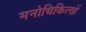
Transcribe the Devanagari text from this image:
मनोचिकित्सों